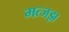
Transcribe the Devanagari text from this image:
मत्जझ